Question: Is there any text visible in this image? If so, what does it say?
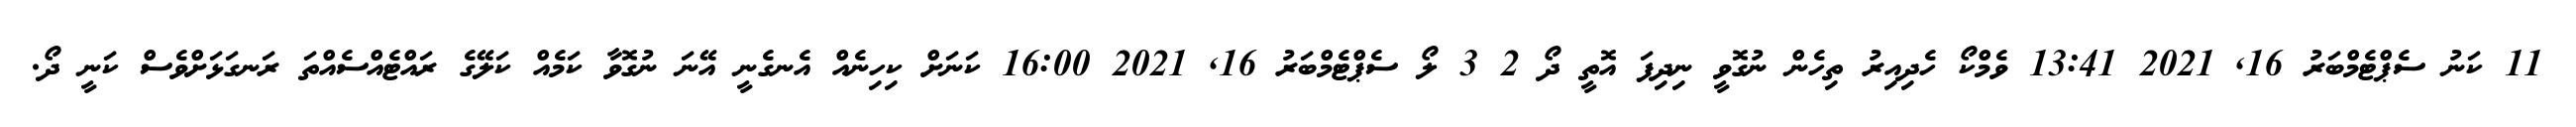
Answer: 11 ކަނު ސެޕްޓެމްބަރު 16, 2021 13:41 ވެމްކޯ ހެދިއިރު ތިހެން ނުގޮވީ ނިދިފަ އޮތީ ދޯ 2 3 ލޯ ސެޕްޓެމްބަރު 16, 2021 16:00 ކަނަށް ކިހިނެއް އެނގެނީ އޭނަ ނުގޮވާ ކަމެއް ކަލޭގެ ރައްޓެއްސެއްތަ ރަނގަޅަށްވެސް ކަނީ ދޯ.